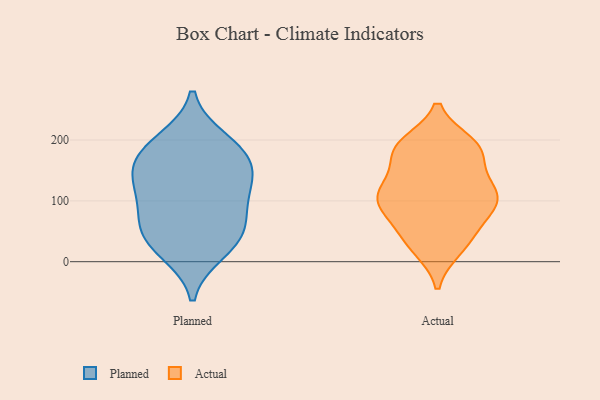
{"axis": {"x": "Net Income (USD K)", "y": "Value"}, "legend": ["Actual", "Planned"], "data": [{"x": "", "y": 137, "type": "Planned"}, {"x": "", "y": 70, "type": "Planned"}, {"x": "", "y": 187, "type": "Planned"}, {"x": "", "y": 199, "type": "Planned"}, {"x": "", "y": 117, "type": "Planned"}, {"x": "", "y": 17, "type": "Planned"}, {"x": "", "y": 73, "type": "Planned"}, {"x": "", "y": 37, "type": "Planned"}, {"x": "", "y": 38, "type": "Planned"}, {"x": "", "y": 122, "type": "Planned"}, {"x": "", "y": 164, "type": "Planned"}, {"x": "", "y": 167, "type": "Planned"}, {"x": "", "y": 39, "type": "Actual"}, {"x": "", "y": 193, "type": "Actual"}, {"x": "", "y": 104, "type": "Actual"}, {"x": "", "y": 113, "type": "Actual"}, {"x": "", "y": 95, "type": "Actual"}, {"x": "", "y": 190, "type": "Actual"}, {"x": "", "y": 180, "type": "Actual"}, {"x": "", "y": 179, "type": "Actual"}, {"x": "", "y": 74, "type": "Actual"}, {"x": "", "y": 82, "type": "Actual"}, {"x": "", "y": 98, "type": "Actual"}, {"x": "", "y": 47, "type": "Actual"}, {"x": "", "y": 108, "type": "Actual"}, {"x": "", "y": 121, "type": "Actual"}, {"x": "", "y": 139, "type": "Actual"}, {"x": "", "y": 187, "type": "Actual"}, {"x": "", "y": 22, "type": "Actual"}, {"x": "", "y": 23, "type": "Actual"}, {"x": "", "y": 186, "type": "Actual"}, {"x": "", "y": 118, "type": "Actual"}]}